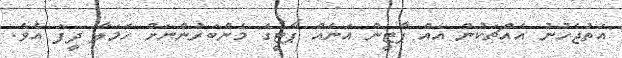
އަތުޖެހުނު އެއްޗަކުން އެއް ޕާޓީން އަނެއް ޕާޓީގެ މެންބަރުންނަށް ހަމަލާ ދީފަ އެވެ.